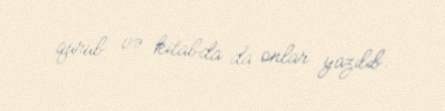
qurub və kitabda da onlar yazılıb.